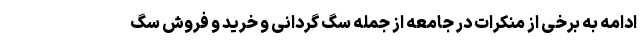
ادامه به برخی از منکرات در جامعه از جمله سگ گردانی و خرید و فروش سگ